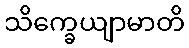
သိက္ခေယျာမာတိ